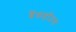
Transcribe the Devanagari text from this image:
बैंकहॉउस